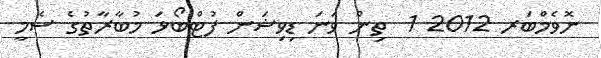
ނޮވެމްބަރ 2012 1  ތިން ވަނަ ޑިވިޝަން ފުޓްބޯޅަ މުބާރާތުގެ ސެމީ